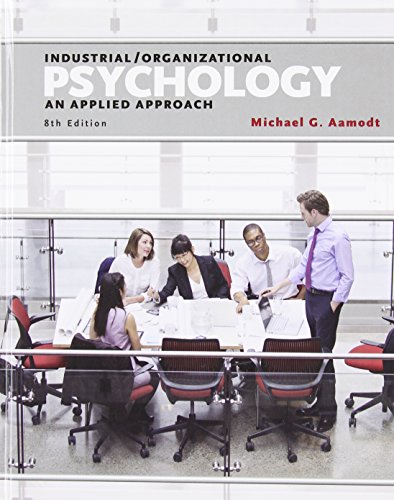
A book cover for Industrial/Organizational Psychology: An Applied Approach; Michael G. Aamodt; Medical Books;